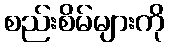
စည်းစိမ်များကို